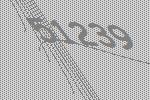
51239